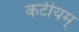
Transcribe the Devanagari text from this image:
कटीयम्